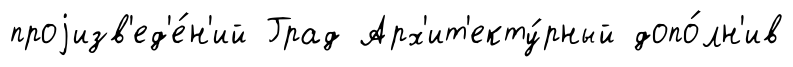
проjизв'ед'е́н'ий Град Арх'ит'екту́рный допо́лн'ив